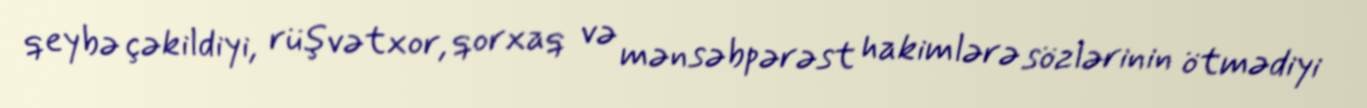
qeybə çəkildiyi, rüşvətxor, qorxaq və mənsəbpərəst hakimlərə sözlərinin ötmədiyi